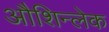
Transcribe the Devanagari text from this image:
औशिन्लेक